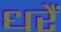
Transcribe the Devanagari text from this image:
धरैं